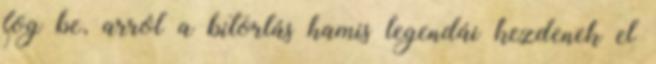
fog be, arról a bitorlás hamis legendái kezdenek el